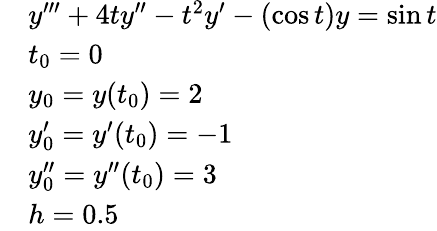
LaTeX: {\begin{array}{rl}&{y^{\prime\prime\prime}+4ty^{\prime\prime}-t^{2}y^{\prime}-(\cos{t})y=\sin{t}}\\ &{t_{0}=0}\\ &{y_{0}=y(t_{0})=2}\\ &{y_{0}^{\prime}=y^{\prime}(t_{0})=-1}\\ &{y_{0}^{\prime\prime}=y^{\prime\prime}(t_{0})=3}\\ &{h=0.5}\end{array}}